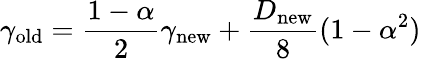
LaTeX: \gamma_{\mathrm{old}}=\frac{1-\alpha}{2}\gamma_{\mathrm{new}}+\frac{D_{\mathrm{new}}}{8}(1-\alpha^{2})